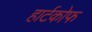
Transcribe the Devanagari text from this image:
हार्टकोफ